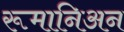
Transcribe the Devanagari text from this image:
रूमानिअन